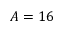
A = 1 6